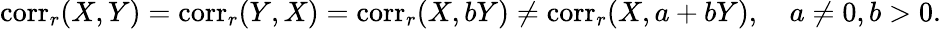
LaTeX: \operatorname{corr}_{r}(X,Y)=\operatorname{corr}_{r}(Y,X)=\operatorname{corr}_{r}(X,bY)\neq\operatorname{corr}_{r}(X,a+bY),\quad a\neq 0,b>0.